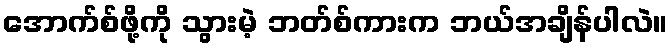
အောက်စ်ဖို့ကို သွားမဲ့ ဘတ်စ်ကားက ဘယ်အချိန်ပါလဲ။